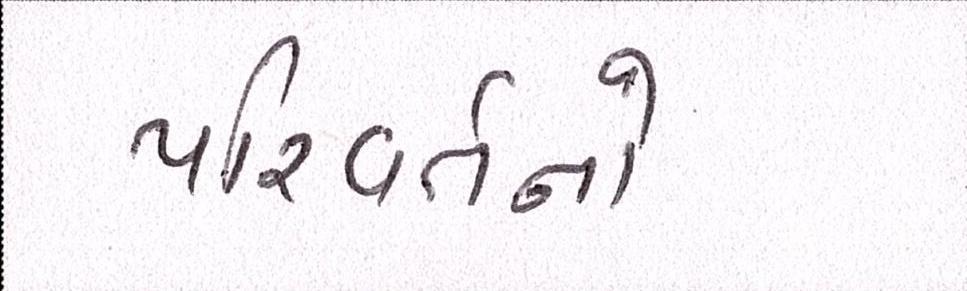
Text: પરિવર્તનો